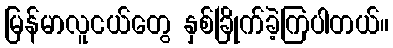
မြန်မာလူငယ်တွေ နှစ်ခြိုက်ခဲ့ကြပါတယ်။